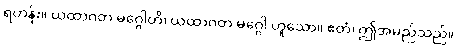
ရဟန်း။ ယထာဂတ မဂ္ဂေါတိ၊ ယထာဂတ မဂ္ဂေါ ဟူသော။ ဧတံ၊ ဤအမည်သည်။